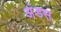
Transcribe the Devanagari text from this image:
अंडस